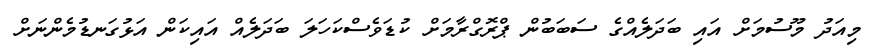
މިއަދު މޫސުމަށް އައި ބަދަލެއްގެ ސަބަބުން ޕްރޮގްރާމަށް ކުޑަވެސްކަހަލަ ބަދަލެއް އައިކަން އަޅުގަނޑުމެންނަށް